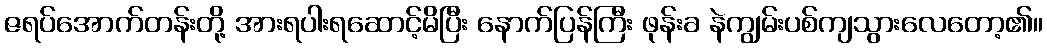
ဇရပ်အောက်တန်းတို့ အားရပါးရဆောင့်မိပြီး နောက်ပြန်ကြီး ဖုန်းခ နဲကျွမ်းပစ်ကျသွားလေတော့၏။